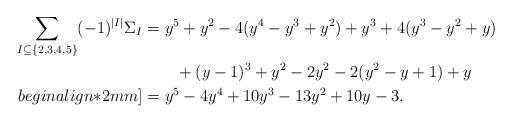
LaTeX: \begin{align*}\sum_{I \subseteq \{2, 3, 4, 5\}} (-1)^{|I|} \Sigma_I &= y^5 + y^2 - 4(y^4 - y^3 + y^2) + y^3 + 4(y^3 - y^2 + y) \\&\qquad+ (y-1)^3 + y^2 - 2y^2 - 2(y^2 - y + 1) + y \\begin{align*}2mm]&= y^5 - 4y^4 + 10y^3 - 13y^2 + 10y - 3.\end{align*}